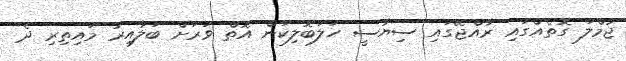
ޖުމްލަ ގޮތެއްގައި ރާއްޖޭގައި ސިޔާސީ ހަލަބޮލިކަން އޮތް ވަރަށް ބަލާއިރު މައިތިރި ދެ